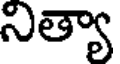
నిత్యా